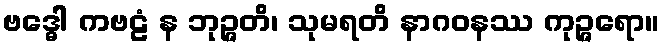
ဗဒ္ဓေါ ကဗဠံ န ဘုဉ္ဇတိ၊ သုမရတိ နာဂဝနဿ ကုဉ္ဇရော။